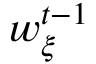
w _ { \xi } ^ { t - 1 }